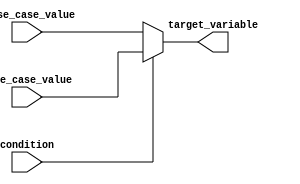
module conditional_operator_assignment(
    input wire condition,     // Boolean condition input
    input wire [7:0] true_case_value,  // Value assigned if condition is true
    input wire [7:0] false_case_value, // Value assigned if condition is false
    output reg [7:0] target_variable    // Output target variable
);

// Always block to perform conditional assignment
always @* begin
    target_variable = condition ? true_case_value : false_case_value;
end

endmodule